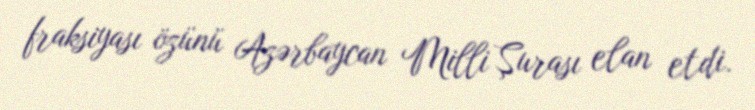
fraksiyası özünü Azərbaycan Milli Şurası elan etdi.